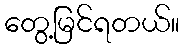
တွေ့မြင်ရတယ်။